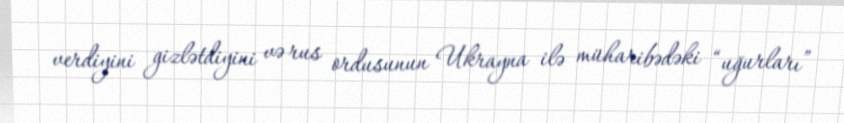
verdiyini gizlətdiyini və rus ordusunun Ukrayna ilə müharibədəki “uğurları”